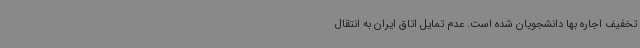
تخفیف اجاره بها دانشجویان شده است. عدم تمایل اتاق ایران به انتقال